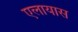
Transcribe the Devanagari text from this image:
एलायास